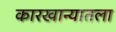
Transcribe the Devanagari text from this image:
कारखान्यातला